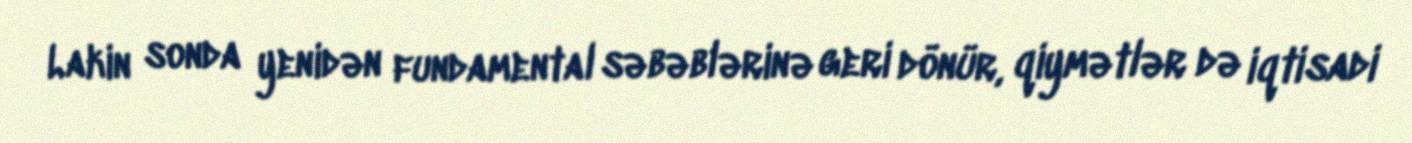
Lakin sonda yenidən fundamental səbəblərinə geri dönür, qiymətlər də iqtisadi